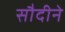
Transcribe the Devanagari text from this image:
सौदीने